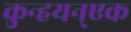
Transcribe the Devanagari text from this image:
कुन्हयन्एक